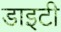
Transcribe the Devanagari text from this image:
डाइटी